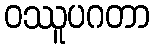
ဝဿူပဂတာ